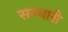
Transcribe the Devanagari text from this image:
सञ्चारी